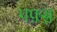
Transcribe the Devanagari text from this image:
पफ़्स